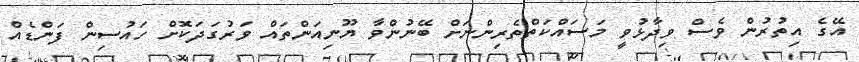
އޭގެ އިތުރުން ވެސް ވިދާޅުވީ މަސައްކަތްތެރިންނަށް ބޭނުންވާ ޔޫނިއަންތައް ވަރުގަދަކޮށް ހައުސިން ފަންޑެއް